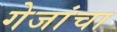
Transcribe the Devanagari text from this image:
गेजांचा